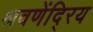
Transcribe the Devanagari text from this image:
श्रवणेंदि्रय